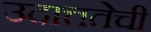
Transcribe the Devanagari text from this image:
उदात्ततेची